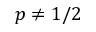
p \neq 1 / 2